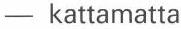
- kattamatta